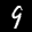
Label: 9